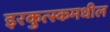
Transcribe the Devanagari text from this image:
इरकुत्स्कमधील